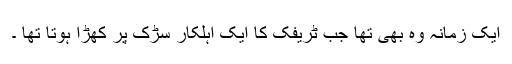
ایک زمانہ وہ بھی تھا جب ٹریفک کا ایک اہلکار سڑک پر کھڑا ہوتا تھا ۔